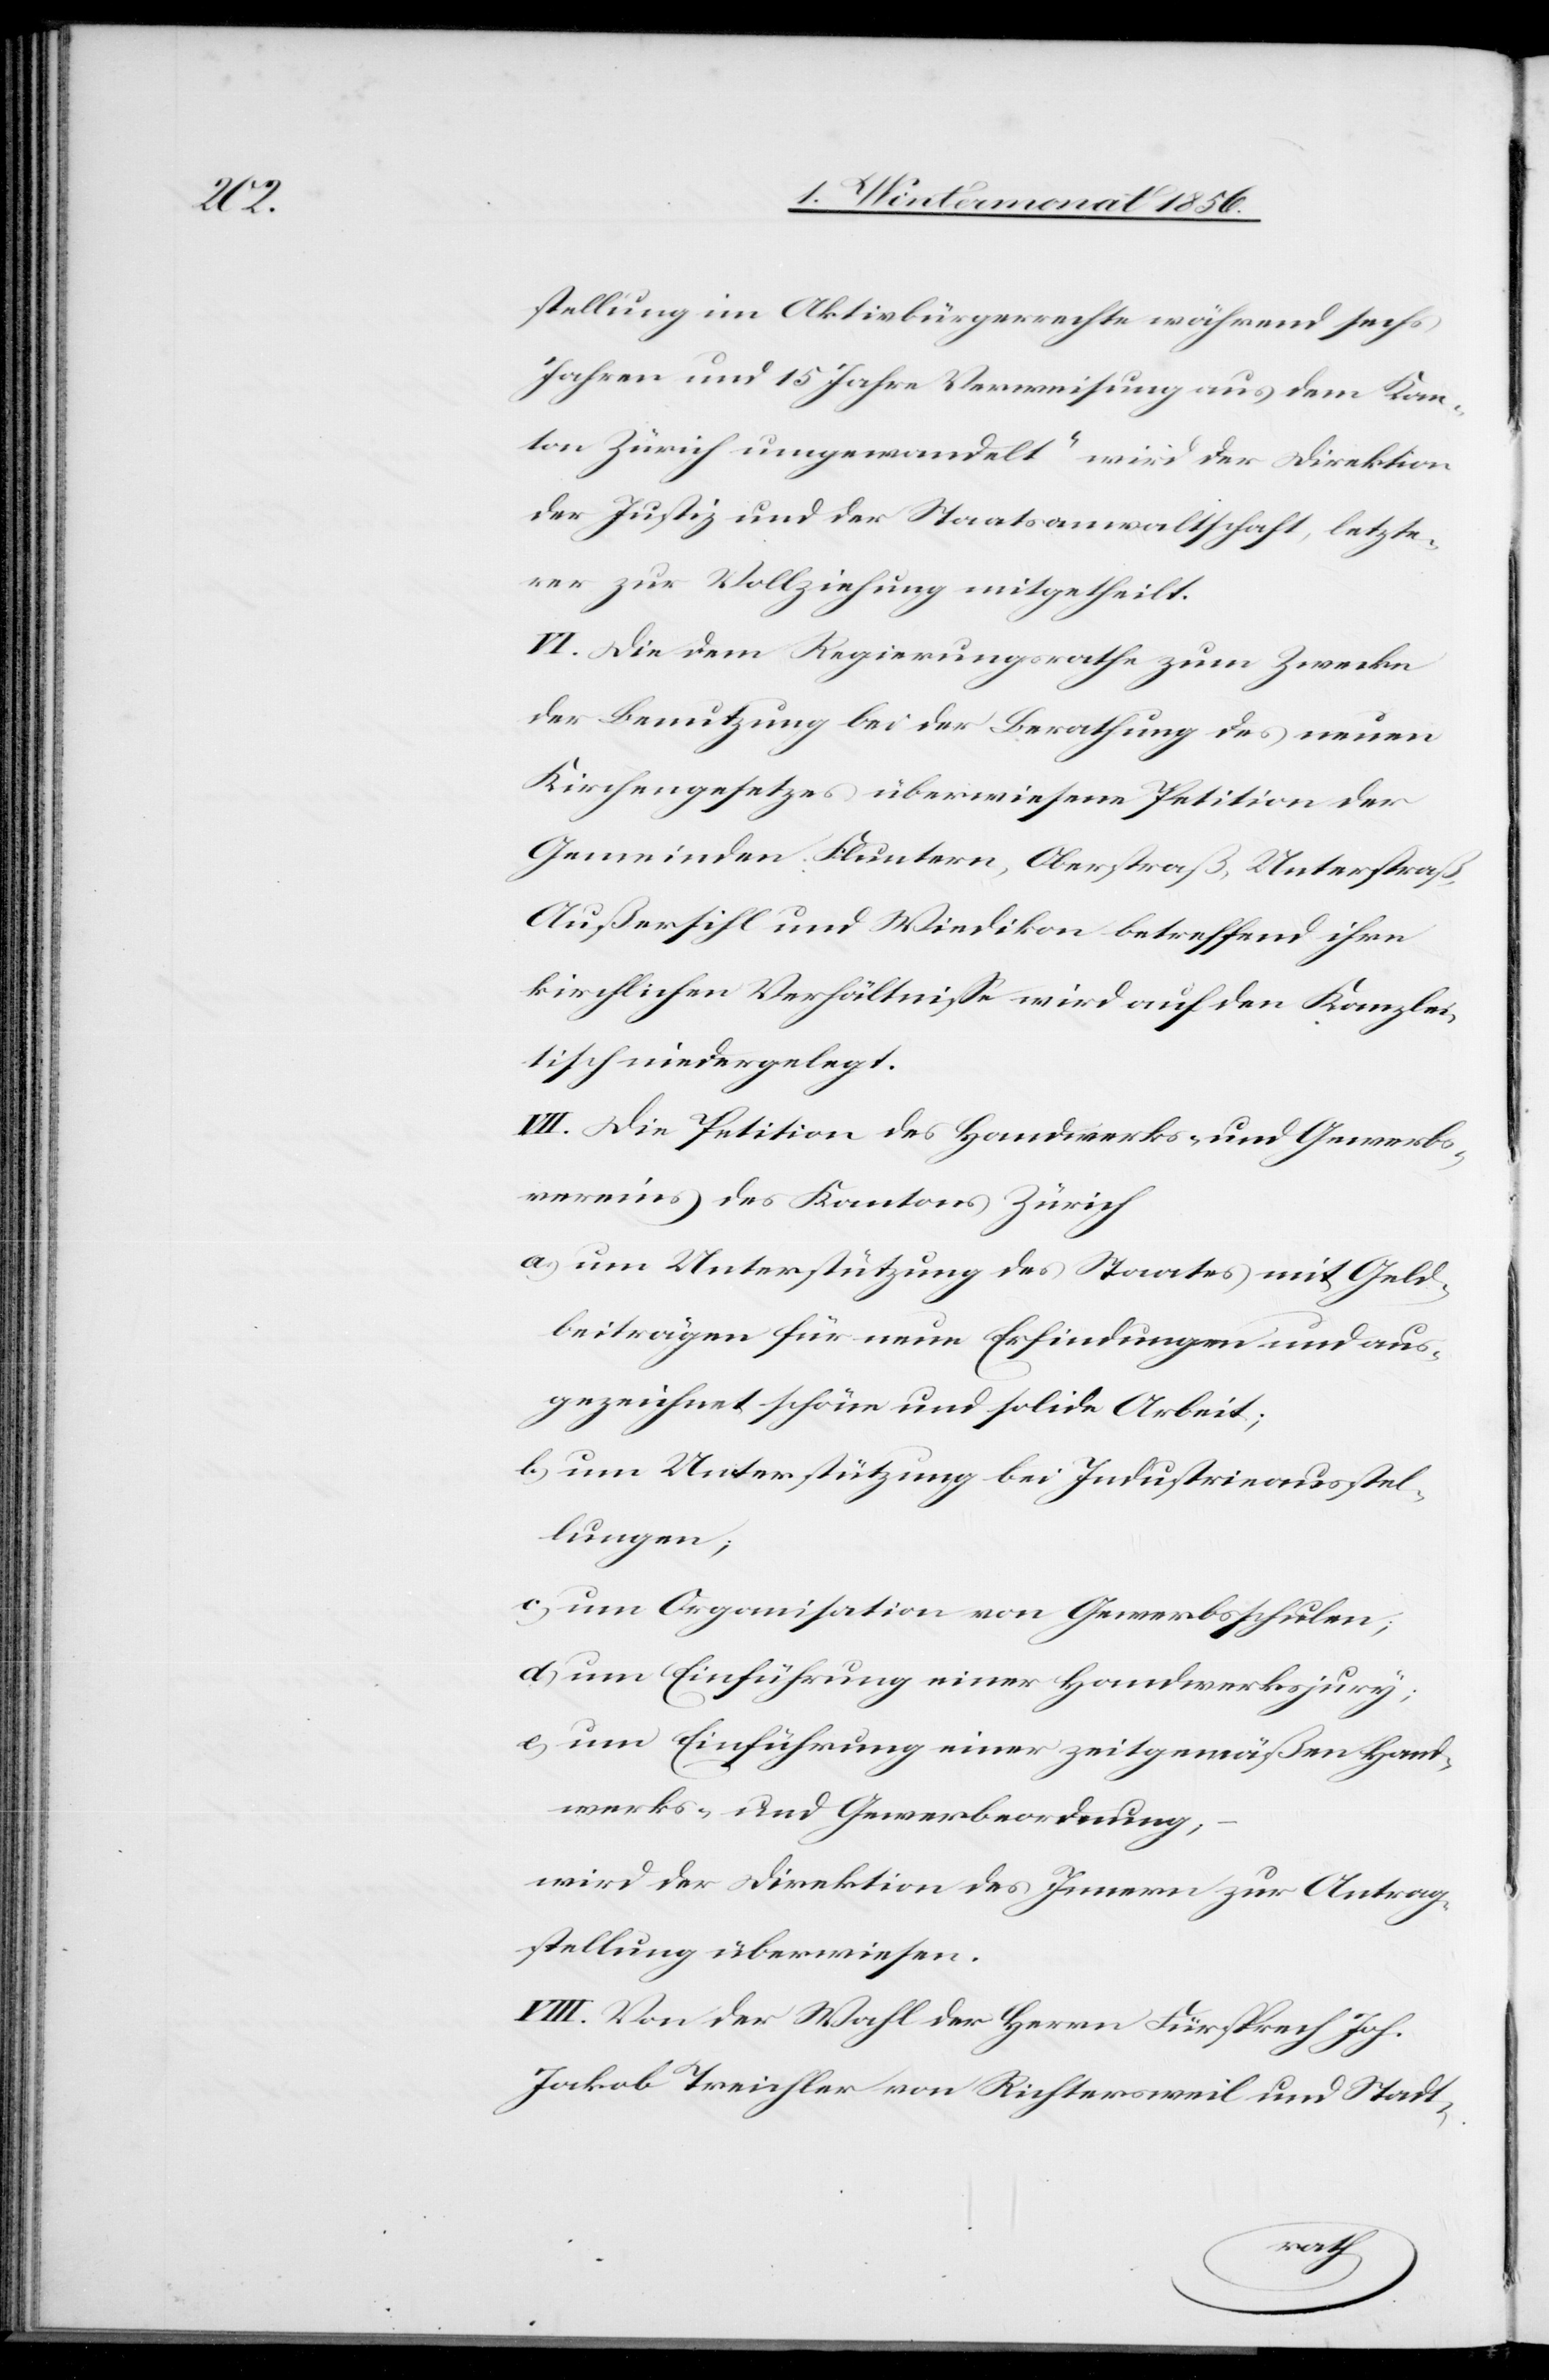
stellung im Aktivbürgerrechte während sechs
Jahren und 15 Jahren Verweisung aus dem Kan¬
ton Zürich umgewandelt“ wird der Direktion
der Justiz und der Staatsanwaltschaft, letzte¬
rer zur Vollziehung mitgetheilt.
VI. Die dem Regierungsrathe zum Zwecke
der Benutzung bei der Berathung des neuen
Kirchengesetzes überwiesene Petition der
Gemeinde Fluntern, Oberstraß, Unterstraß,
Außersihl und Wiedikon betreffend ihre
kirchlichen Verhältnisse wird auf den Kanzlei¬
tisch niedergelegt.
VII. Die Petition des Handwerks- und Gewerbs¬
vereins des Kantons Zürich
a) um Unterstützung des Staates mit Geld¬
beiträgen für neue Erfindungen und aus¬
gezeichnet schöne und solide Arbeit;
b) um Unterstützung bei Industrieausstel¬
lungen;
c) um Organisation von Gewerbsschulen;
d) um Einführung einer Handwerksjury;
e) um Einführung einer zeitgemäßen Hand¬
werks- und Gewerbeordnung,
wird der Direktion des Innern zur Antrag¬
stellung überwiesen.
VIII. Von der Wahl der Herrn Fürsprech Joh.
Jakob Treichler von Richtersweil und Stadt-